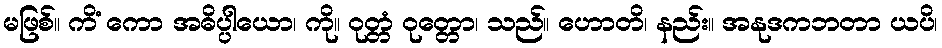
မဖြစ်။ ကိံ ကော အဓိပ္ပါယော၊ ကို။ ဝုတ္တံ ဝုတ္တော၊ သည်။ ဟောတိ၊ နည်း။ အနုဒကဘတာ ယပိ၊